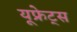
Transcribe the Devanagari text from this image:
यूफ्रेट्स